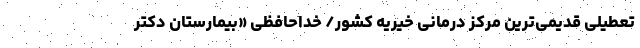
تعطیلی قدیمی‌ترین مرکز درمانی خیریه کشور/ خداحافظی «بیمارستان دکتر